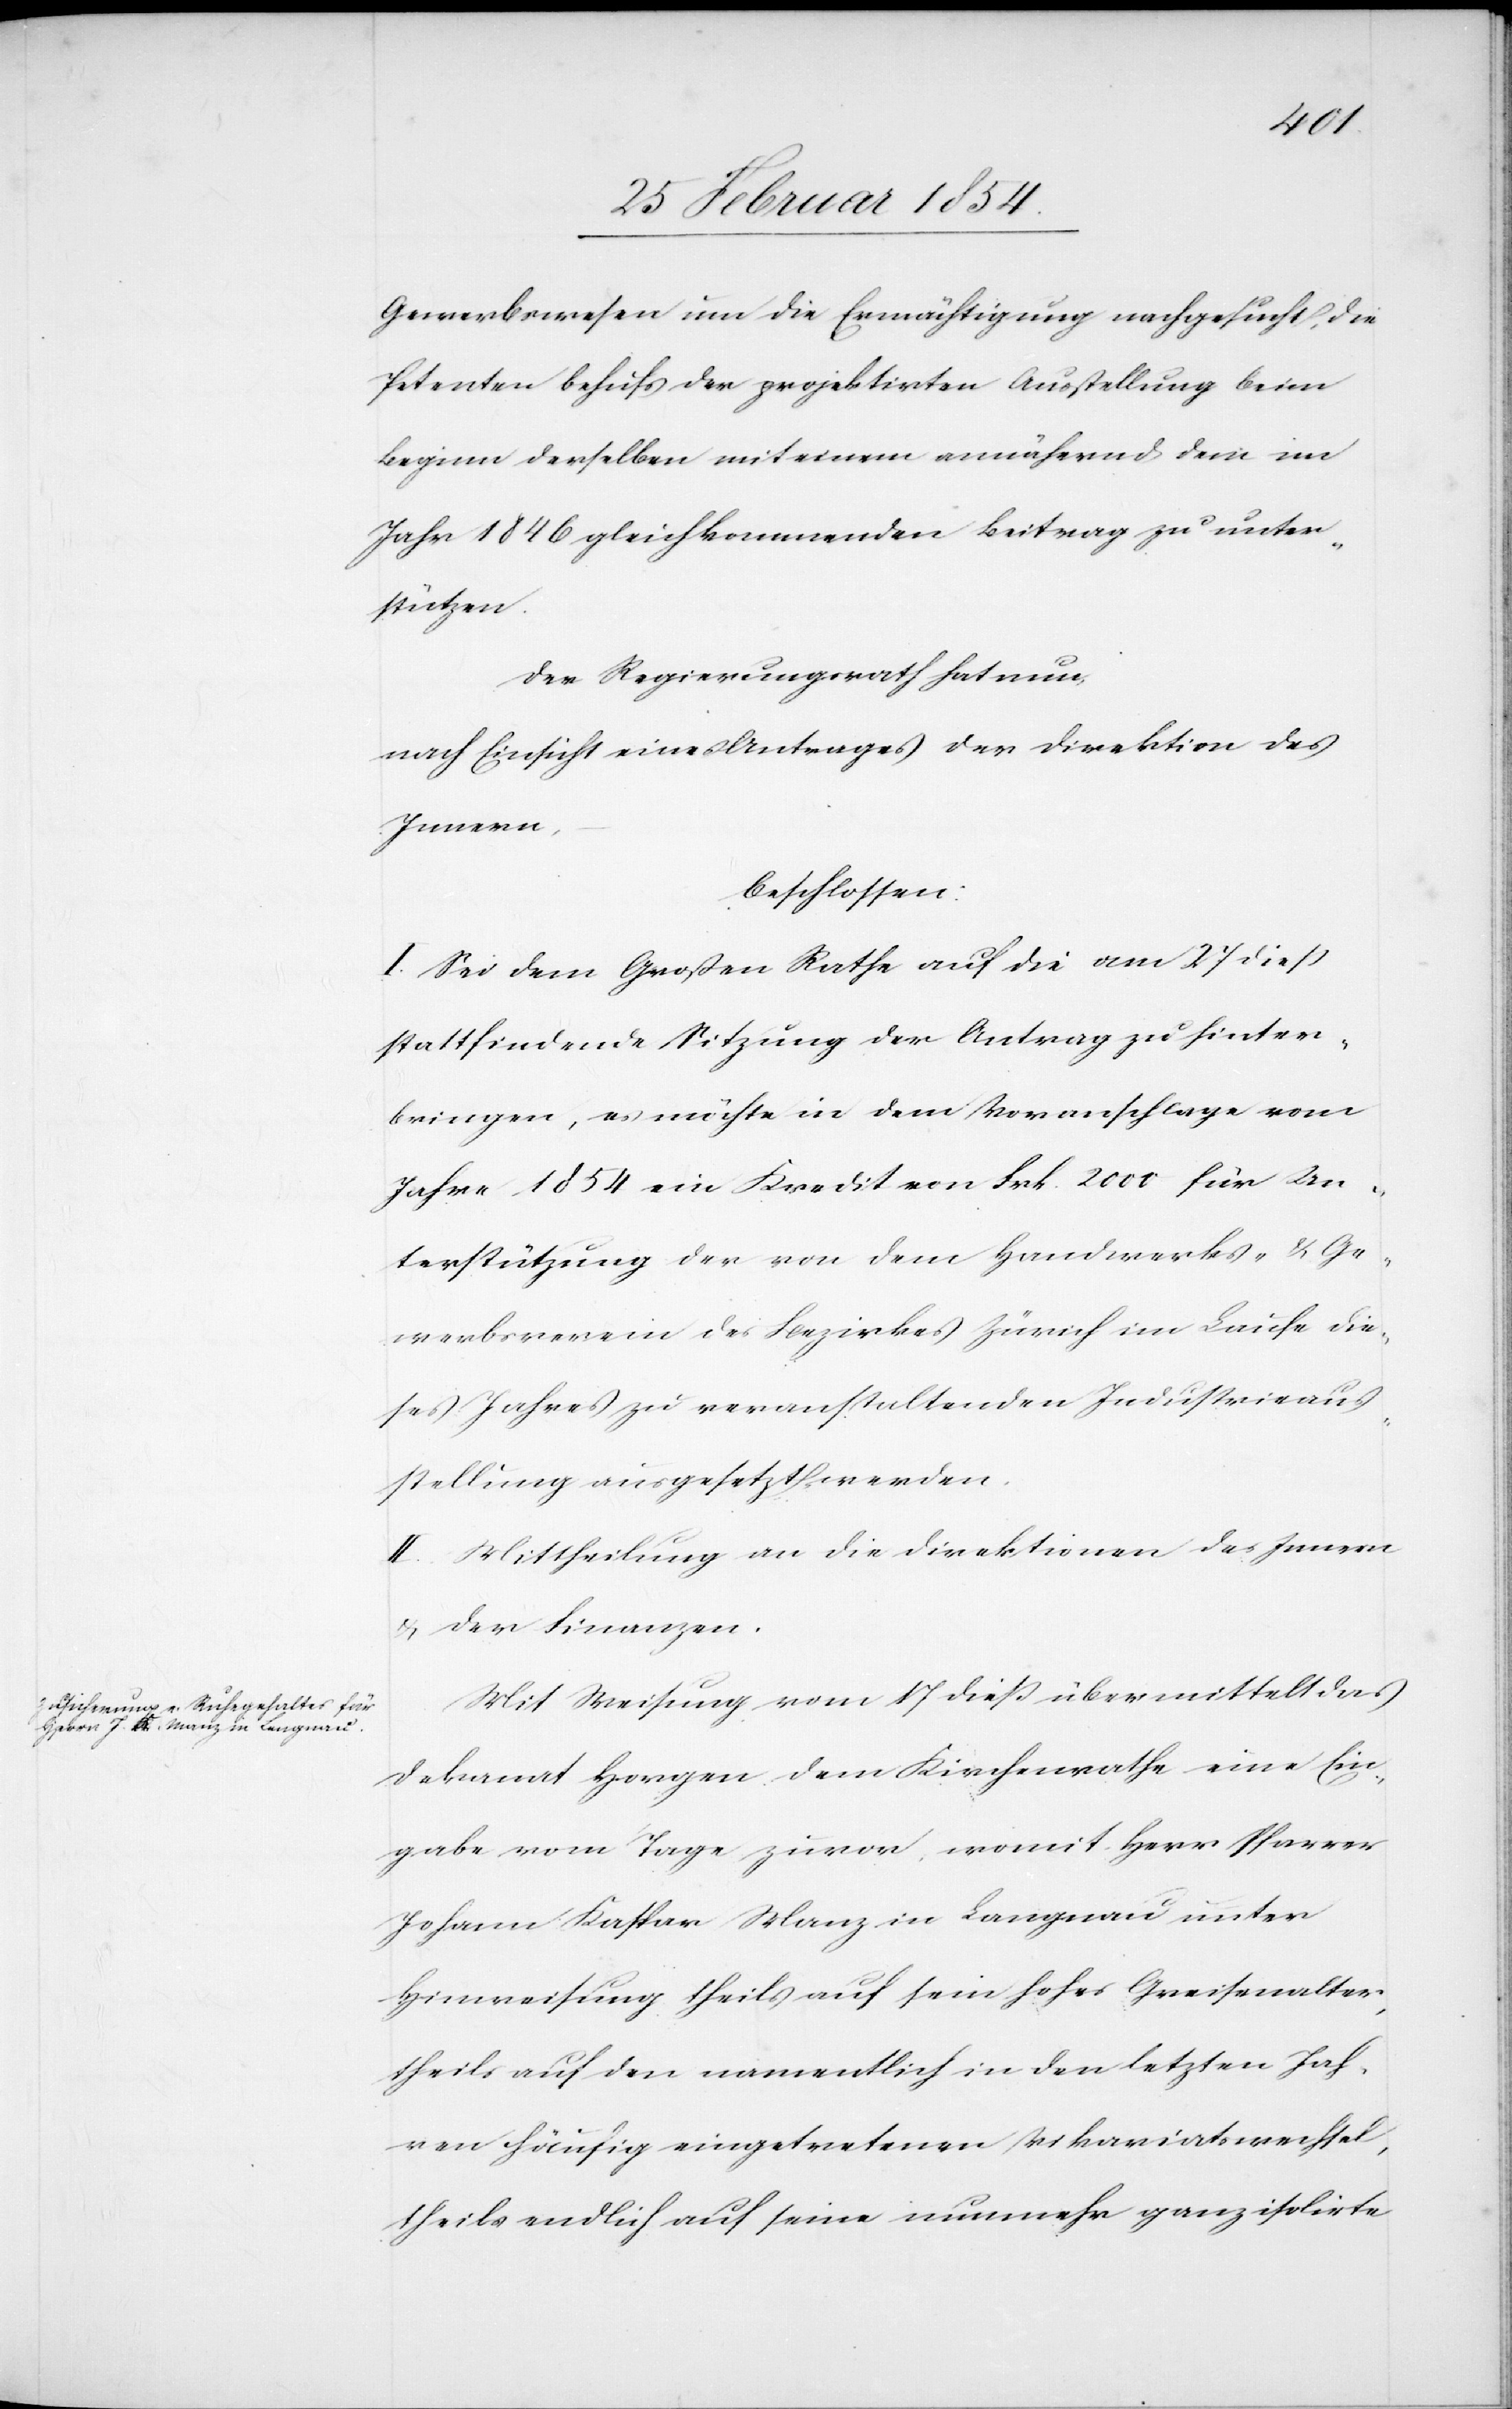
Gewerbswesen um die Ermächtigung nachgesucht, die
Petenten behufs der projektirten Ausstellung beim
Beginn derselben mit einem annähernd dem im
Jahr 1846 gleichkommenden Beitrag zu unter¬
stützen.
Der Regierungsrath hat nun,
nach Einsicht eines Antrages der Direktion des
Innern,
beschlossen:
I. Sei dem Großen Rathe auf die am 27 dieß
stattfindende Sitzung der Antrag zu hinter¬
bringen, es möchte in dem Voranschlage vom
Jahr 1854 ein Kredit von Frk. 2000 für Un¬
terstützung der von dem Handwerks- & Ge¬
werbsverein des Bezirkes Zürich im Laufe die¬
ses Jahres zu veranstaltenden Industrieaus¬
stellung ausgesetzt werden.
II. Mittheilung an die Direktionen des Innern
& der Finanzen.
Mit Weisung vom 17 dieß übermittelt das
Dekanat Horgen dem Kirchenrathe eine Ein¬
gabe vom Tage zuvor, womit Herr Pfarrer
Johann Kaspar Manz in Langnau unter
Hinweisung theils auf sein hohes Greisenalter,
theils auf den namentlich in den letzten Jah¬
ren häufig eingetretenen Vikariatswechsel,
theils endlich auf seine nunmehr ganz isolirte